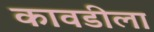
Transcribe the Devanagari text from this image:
कावडीला